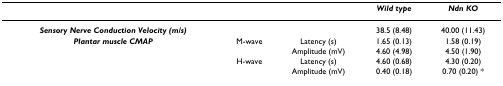
|  |  |  | Wild type | Ndn KO |
 | --- | --- | --- | --- | --- |
 | Sensory Nerve Conduction Velocity (m/s) |  |  | 38.5 (8.48) | 40.00 (11.43) |
 | Plantar muscle CMAP | M-wave | Latency (s) | 1.65 (0.13) | 1.58 (0.19) |
 |  |  | Amplitude (mV) | 4.60 (4.98) | 4.50 (1.90) |
 |  | H-wave | Latency (s) | 4.60 (0.68) | 4.30 (0.20) |
 |  |  | Amplitude (mV) | 0.40 (0.18) | 0.70 (0.20) * |